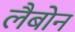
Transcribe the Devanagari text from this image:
लैबोन